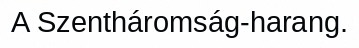
A Szentháromság-harang.